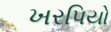
ખરપિયો